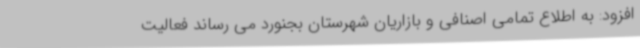
افزود: به اطلاع تمامی اصنافی و بازاریان شهرستان بجنورد می رساند فعالیت